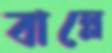
বাল্লে